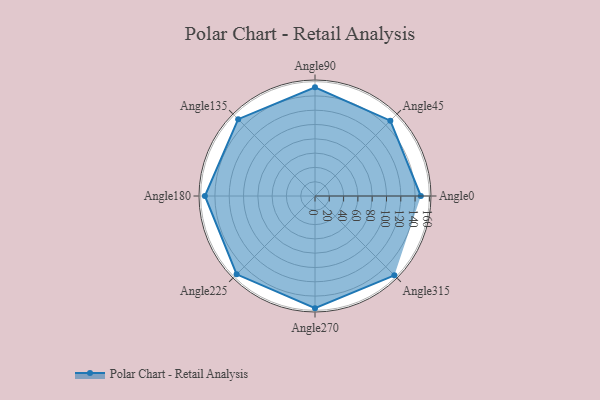
{"axis": {"x": "Angle", "y": "Radius"}, "legend": [""], "data": [{"x": "Angle0", "y": 148.0, "type": ""}, {"x": "Angle45", "y": 149.0, "type": ""}, {"x": "Angle90", "y": 152.0, "type": ""}, {"x": "Angle135", "y": 152.0, "type": ""}, {"x": "Angle180", "y": 154.0, "type": ""}, {"x": "Angle225", "y": 155.0, "type": ""}, {"x": "Angle270", "y": 157.0, "type": ""}, {"x": "Angle315", "y": 157.0, "type": ""}]}